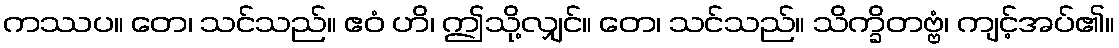
ကဿပ။ တေ၊ သင်သည်။ ဧဝံ ဟိ၊ ဤသို့လျှင်။ တေ၊ သင်သည်။ သိက္ခိတဗ္ဗံ၊ ကျင့်အပ်၏။